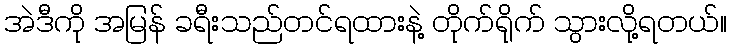
အဲဒီကို အမြန် ခရီးသည်တင်ရထားနဲ့ တိုက်ရိုက် သွားလို့ရတယ်။